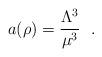
LaTeX: \begin{align*}a(\rho) = \frac{\Lambda^3}{\mu^3}~~. \end{align*}